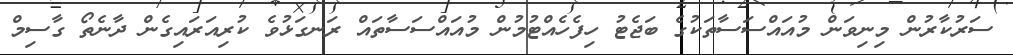
ސަރުކާރުން މިނިވަން މުއައްސަސާތަކުގެ ބަޖެޓު ހިފެހެއްޓުމުން މުއައްސަސާތައް ރަނގަޅުވެ ކުރިއަރައިގެން ދާނެތޯ ގާސިމް